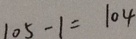
1 0 5 - 1 = 1 0 4